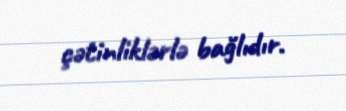
çətinliklərlə bağlıdır.